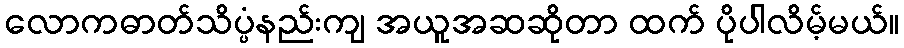
လောကဓာတ်သိပ္ပံနည်းကျ အယူအဆဆိုတာ ထက် ပိုပါလိမ့်မယ်။